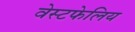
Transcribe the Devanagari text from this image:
वेस्टफेलिय